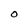
Character: O